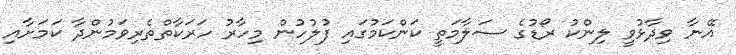
އޭނާ ވިދާޅުވީ ލިންކު ރޯޑުގެ ސަލާމަތީ ކަންކަމުގައި ފުލުހުން މިހާރު ހަރަކާތްތެރިވަމުންދާ ކަމަށާއި